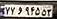
۷۷و۹۴۵۵۳